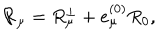
LaTeX: { \cal R } _ { \mu } = R _ { \mu } ^ { \perp } + e _ { \mu } ^ { ( 0 ) } R _ { 0 } ,